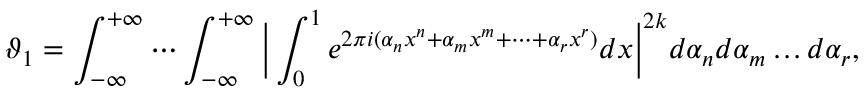
\vartheta _ { 1 } = \int _ { - \infty } ^ { + \infty } \cdots \int _ { - \infty } ^ { + \infty } { \biggl | } \int _ { 0 } ^ { 1 } e ^ { 2 \pi i ( \alpha _ { n } x ^ { n } + \alpha _ { m } x ^ { m } + \cdots + \alpha _ { r } x ^ { r } ) } d x { \biggr | } ^ { 2 k } d \alpha _ { n } d \alpha _ { m } \ldots d \alpha _ { r } ,